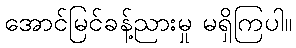
အောင်မြင်ခန့်ညားမှု မရှိကြပါ။